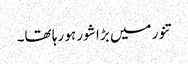
تنور میں بڑا شور ہو رہا تھا۔